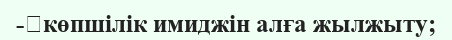
-	көпшілік имиджін алға жылжыту;